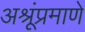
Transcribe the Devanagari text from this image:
अश्रूंप्रमाणे